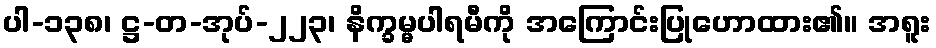
ပါ-၁၃၈၊ ဋ္ဌ-တ-အုပ်-၂၂၃၊ နိက္ခမ္မပါရမီကို အကြောင်းပြုဟောထား၏။ အရူး